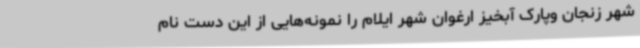
شهر زنجان وپارک آبخیز ارغوان شهر ایلام را نمونه‌هایی از این دست نام